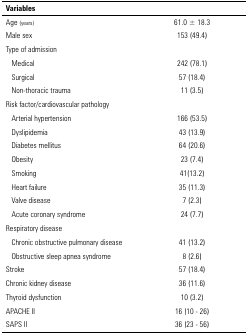
| Variables |  |
 | --- | --- |
 | Age (years) | 61.0 ± 18.3 |
 | Male sex | 153 (49.4) |
 | Type of admission |  |
 | Medical | 242 (78.1) |
 | Surgical | 57 (18.4) |
 | Non-thoracic trauma | 11 (3.5) |
 | Risk factor/cardiovascular pathology |  |
 | Arterial hypertension | 166 (53.5) |
 | Dyslipidemia | 43 (13.9) |
 | Diabetes mellitus | 64 (20.6) |
 | Obesity | 23 (7.4) |
 | Smoking | 41(13.2) |
 | Heart failure | 35 (11.3) |
 | Valve disease | 7 (2.3) |
 | Acute coronary syndrome | 24 (7.7) |
 | Respiratory disease |  |
 | Chronic obstructive pulmonary disease | 41 (13.2) |
 | Obstructive sleep apnea syndrome | 8 (2.6) |
 | Stroke | 57 (18.4) |
 | Chronic kidney disease | 36 (11.6) |
 | Thyroid dysfunction | 10 (3.2) |
 | APACHE II | 16 (10 - 26) |
 | SAPS II | 36 (23 - 56) |